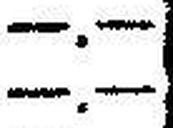
—.—